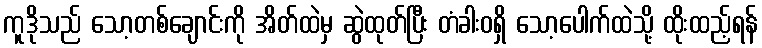
ကူဒိုသည် သော့တစ်ချောင်းကို အိတ်ထဲမှ ဆွဲထုတ်ပြီး တံခါးဝရှိ သော့ပေါက်ထဲသို့ ထိုးထည့်ရန်